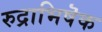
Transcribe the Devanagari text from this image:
रुद्राभिषॆक